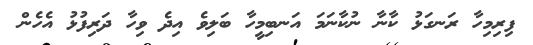
ފިރިމިހާ ރަނގަޅު ކާނާ ނުކާނަމަ އަނބިމީހާ ބަލިވެ އިދެ ވިހާ ދަރިފުޅު އެހެން